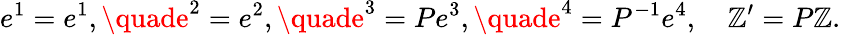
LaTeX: e^{1}=e^{1},\quade^{2}=e^{2},\quade^{3}=Pe^{3},\quade^{4}=P^{-1}e^{4},\quad\mathbb{Z}^{\prime}=P\mathbb{Z}.